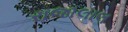
રાજાલાલ